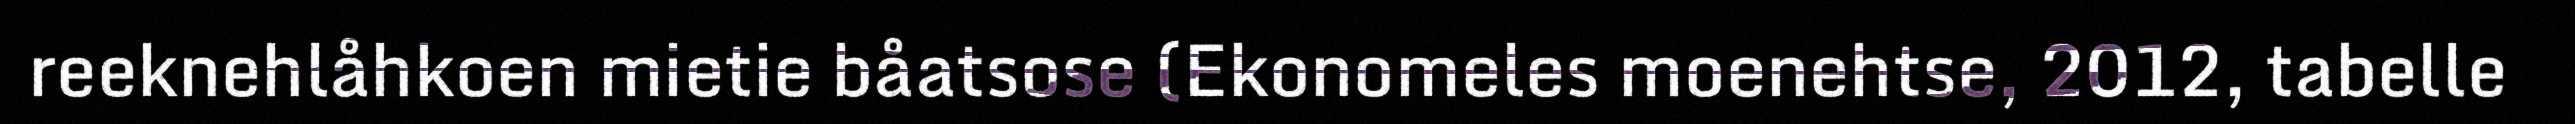
reeknehlåhkoen mietie båatsose (Ekonomeles moenehtse, 2012, tabelle